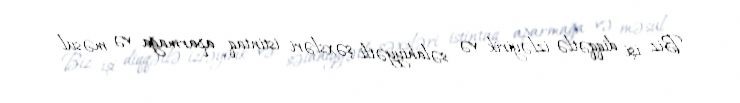
Biz işi diqqətlə izləyirik və səlahiyyətli şəxsləri istintaq aparmağa və məsul